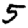
Digit: 5